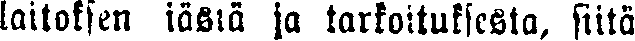
laitoksen iästä ja tarkoituksesta, siitä